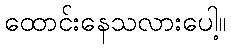
ထောင်းနေသလားပေါ့။